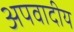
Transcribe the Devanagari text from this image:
अपवादीय